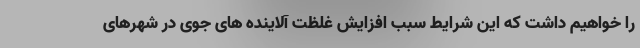
را خواهیم داشت که این شرایط سبب افزایش غلظت آلاینده های جوی در شهرهای